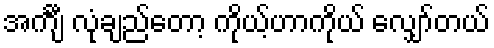
အင်္ကျီ လုံချည်တော့ ကိုယ့်ဟာကိုယ် လျှော်တယ်